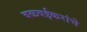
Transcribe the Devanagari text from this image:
वळवईकरांचे